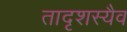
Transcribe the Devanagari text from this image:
तादृशस्यैव